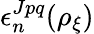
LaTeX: \epsilon_{n}^{Jpq}(\rho_{\xi})